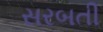
સરબતી